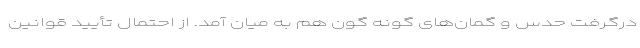
درگرفت حدس و گمان‌های گونه گون هم به میان آمد. از احتمال تأیید قوانین